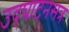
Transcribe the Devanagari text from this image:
उद्‍घाटनसत्र